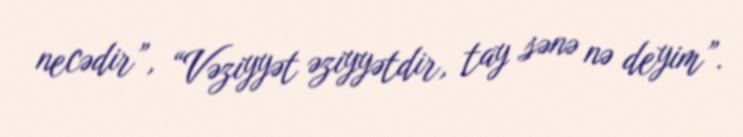
necədir”, “Vəziyyət əziyyətdir, tay sənə nə deyim”.